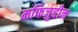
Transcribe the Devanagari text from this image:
मफिजुद्दीन